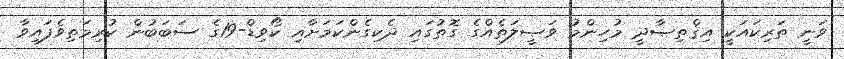
ވަނީ ތަރިކައަކީ އިޤްތިޞާދީ މުހިންމު ވަޞީލަތެއްގެ ގޮތުގައި ދެކިގެންކަމަށާއި ކޯވިޑް-19ގެ ސަބަބުން ކުރިމަތިވެފައިވާ